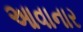
આવાનાર